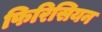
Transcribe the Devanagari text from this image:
फिरिसियन